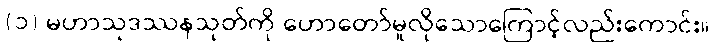
(၁) မဟာသုဒဿနသုတ်ကို ဟောတော်မူလိုသောကြောင့်လည်းကောင်း။